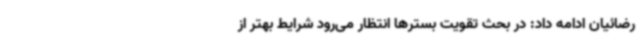
رضائیان ادامه داد: در بحث تقویت بسترها انتظار می‌رود شرایط بهتر از